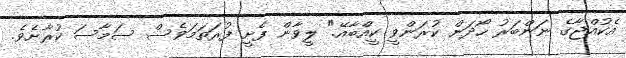
އެކުއްޖާގެ ނަންބަރު ހޯދަން ކުރަންވީ ކީއްބާއޭ." ލީވާން ފެށީ ފުރަތަމަވެސް ސަމާސަ ކުރާށެވެ.